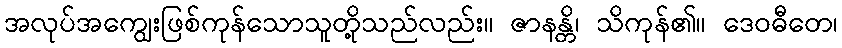
အလုပ်အကျွေးဖြစ်ကုန်သောသူတို့သည်လည်း။ ဇာနန္တိ၊ သိကုန်၏။ ဒေဝဓီတေ၊